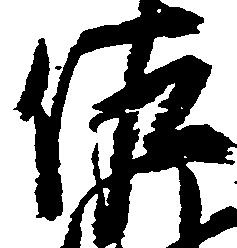
佐